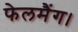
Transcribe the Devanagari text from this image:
फेलमैंग।